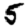
Digit: 5